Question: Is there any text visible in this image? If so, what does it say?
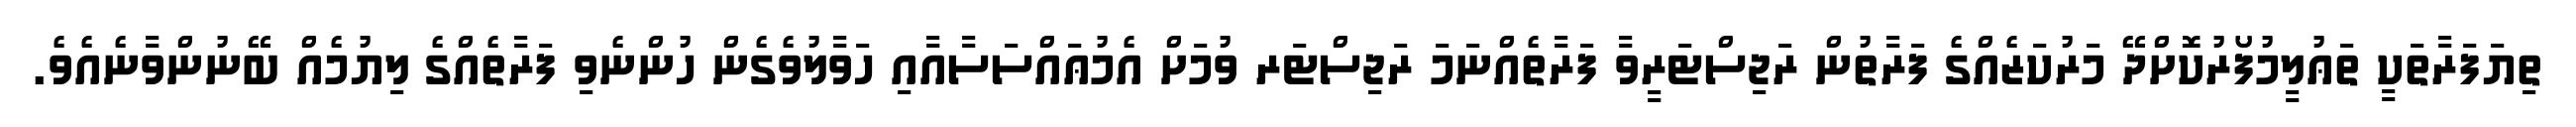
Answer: ތިޔަފަރާތަކީ ތަޢުލީމުފޯރުކޮށްދޭ މަރުކަޒެއްގެ ފަރާތުން ރަޖިސްޓަރީވާ ފަރާތެއްނަމަ ރަޖިސްޓަރ ވުމަށް އެމުޢައްސަސާއާއި ހަވާލުވެގެން ހުންނެވި ފަރާތެއްގެ ލިޔުމެއް ބޭނުންވާނެއެވެ.